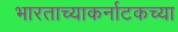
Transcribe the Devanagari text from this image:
भारताच्याकर्नाटकच्या